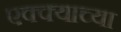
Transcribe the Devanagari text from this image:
एक्क्याच्या